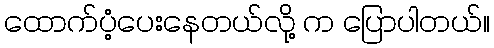
ထောက်ပံ့ပေးနေတယ်လို့ က ပြောပါတယ်။